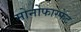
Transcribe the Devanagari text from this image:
मोनोफास्फेट